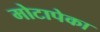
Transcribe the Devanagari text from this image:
मोटापेका